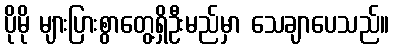
ပိုမို များပြားစွာတွေ့ရှိဦးမည်မှာ သေချာပေသည်။